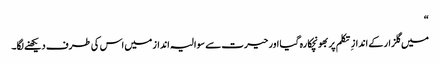
“
میں گلزار کے انداز ِ تکلم پر بھونچکا رہ گیا اور حیرت سے سوالیہ انداز میں اس کی طرف دیکھنے لگا۔